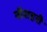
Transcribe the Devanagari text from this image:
नौशहरी